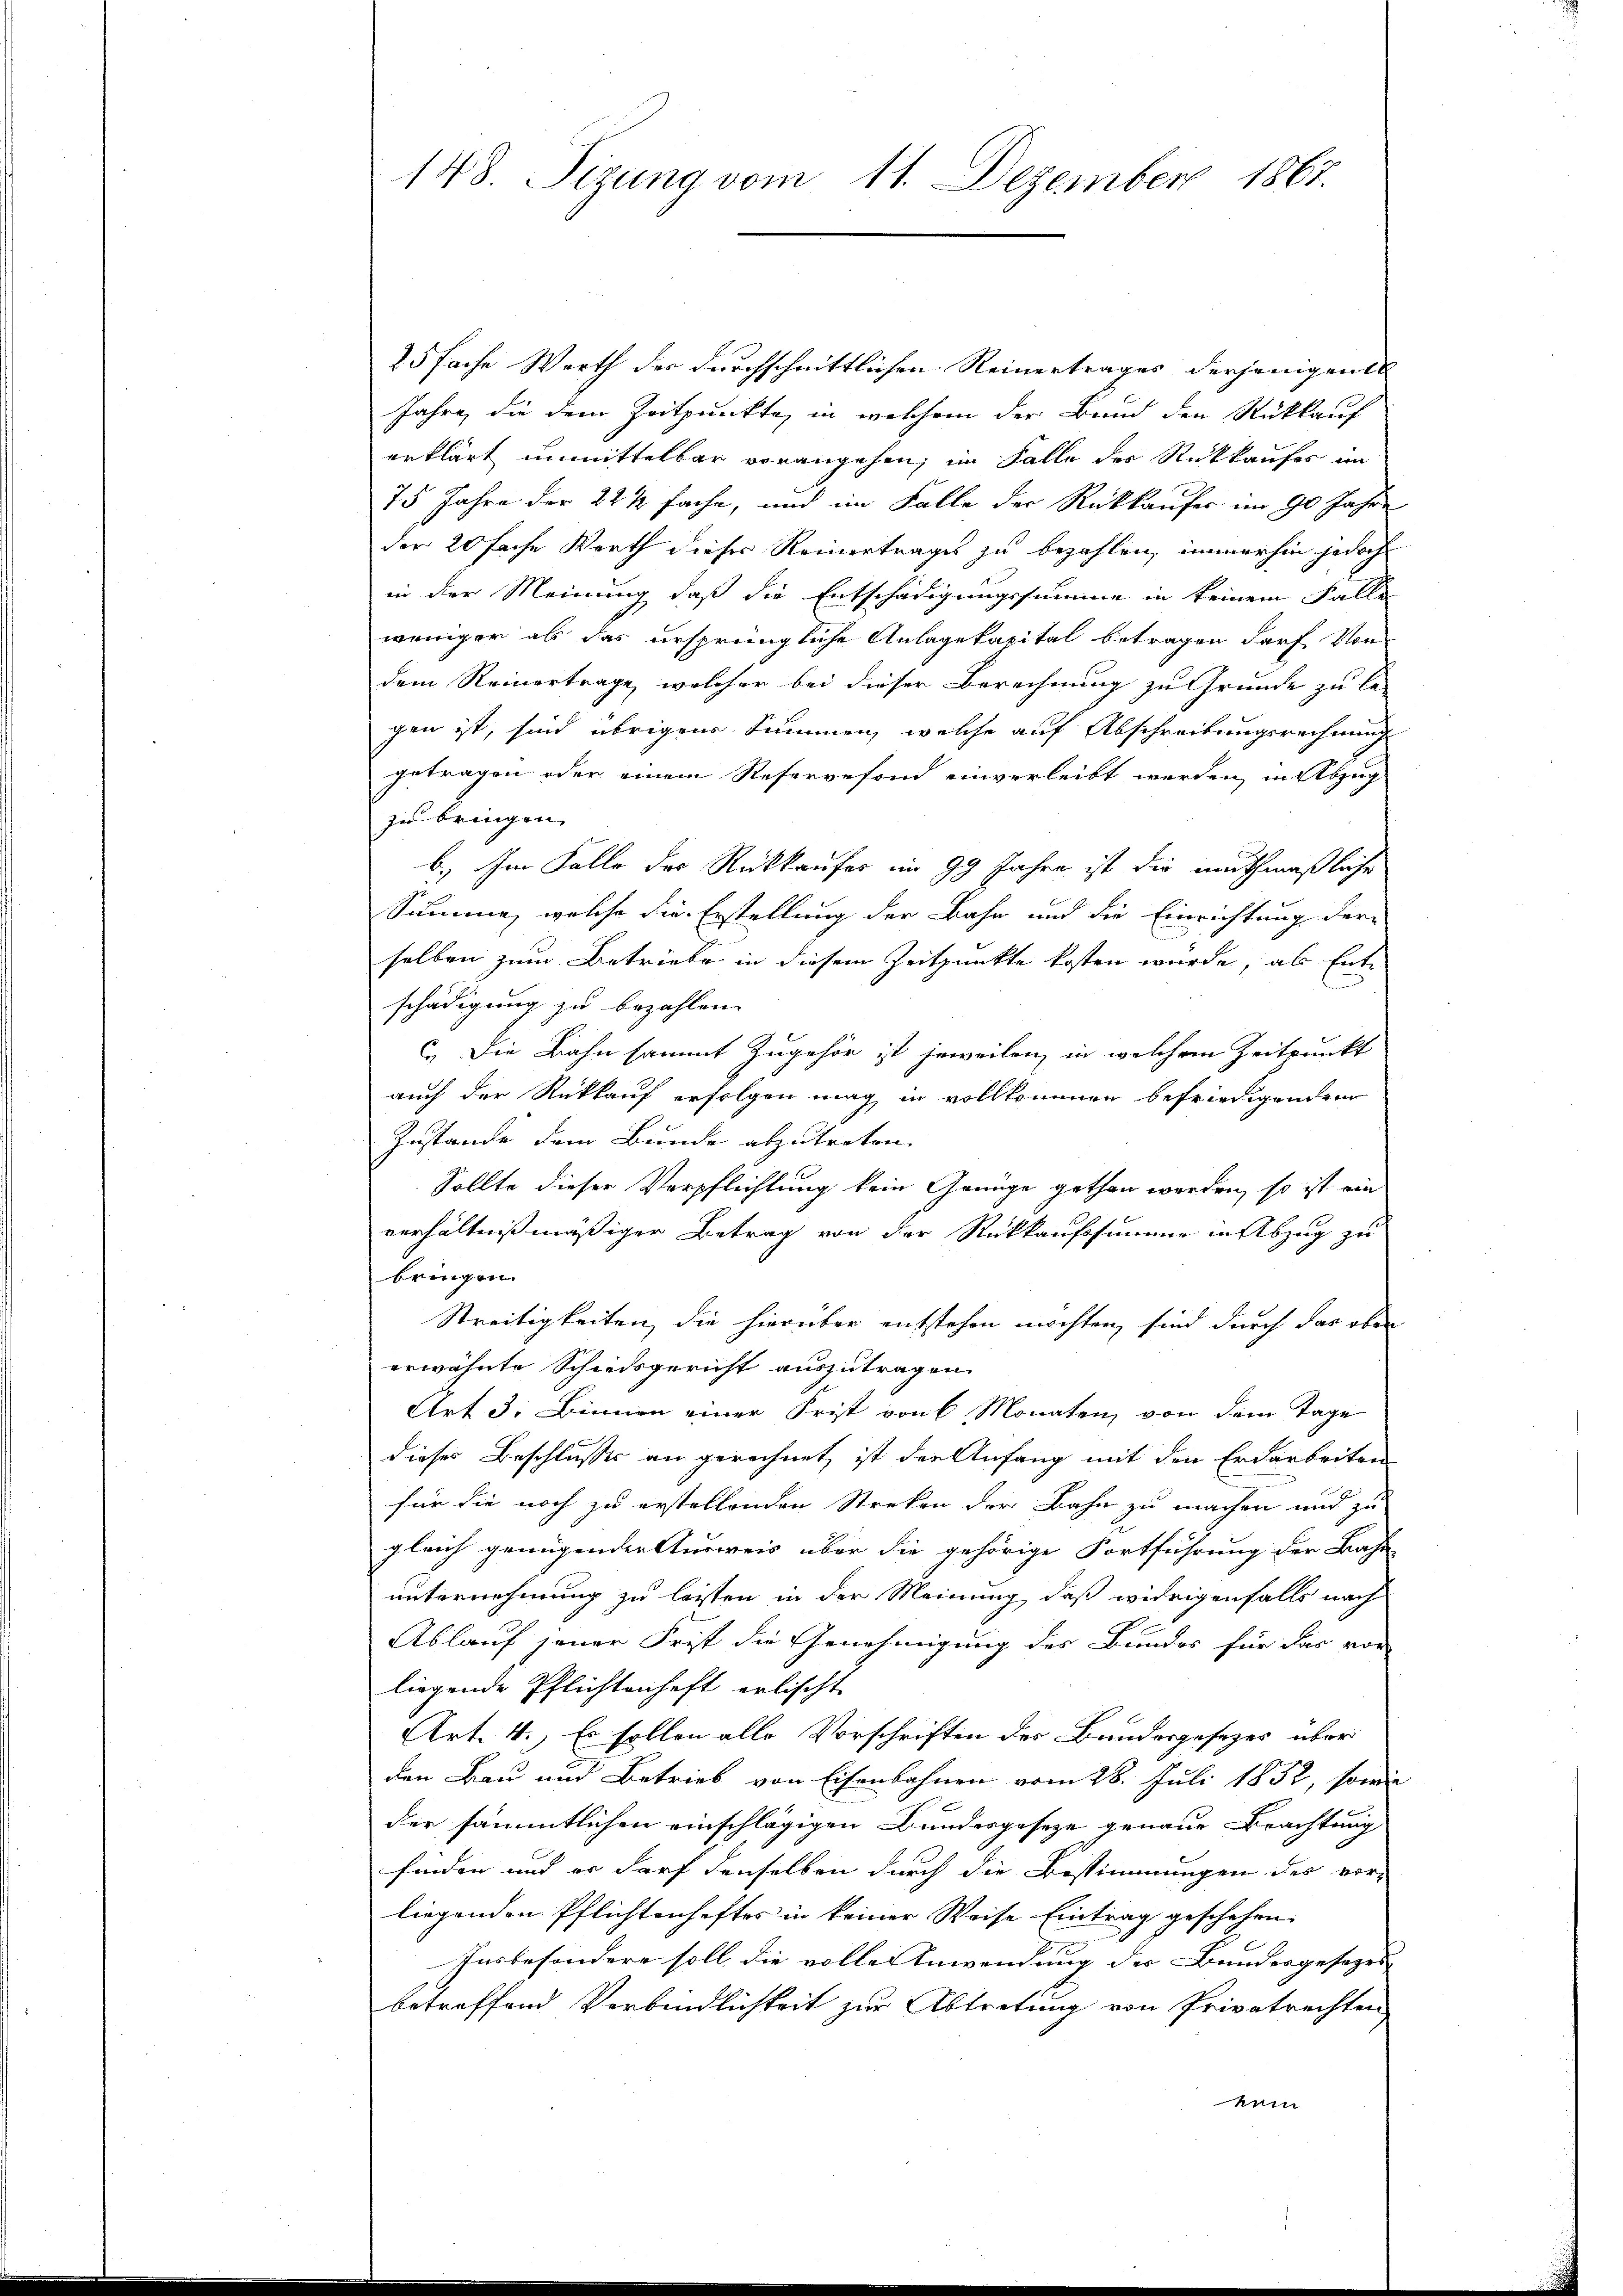
148. Sizung vom 11. Dezember 1867.

25fache Werth des durchschnittlichen Reinertrages derjenigen
Jahre, die dem Zeitpunkte, in welchem der Bund den Rückkauf
erklärt unmittelbar vorangehen, im Falle der Rückkaufes im
75 Jahre der 22 ½ fache, und im Falle der Rückkaufer im 90 Jahre
der 20 fache Werth dieser Reinertrages zu bezahlen, immerhin jedoch
in der Meinung daß die Entschädigungssumme in keinem Falle
weniger als das ursprüngliche Anlagekapital betragen darf von
dem Reinertrage, welcher bei dieser Berechnung zu Grunde zu le-
gen ist, sind übrigen Summen, welche auf Abschreibungsrechnung
getragen oder einem Reservefond einverleibt werden, in Abzug
zu bringen.
6. Im Falle der Rückkaufes im 99 Jahre ist die muthmaßliche
Summe, welche die Erstellung der Bahn und die Einrichtung der-
selben zum Betriebe in diesem Zeitpunkte kosten wurde, als Entschädigung zu bezahlen.
c. Die Bahn sammt Zugehör ist jeweilen, in welchem Zeitpunkt
auch der Rückkauf erfolgen mag in vollkommen befriedigenden
Zustande dem Bunde abzutreten.
Sollte dieser Verpflichtung kein Genüge gethan werden, so ist ein
verhältnißmäßiger Betrag von der Rückkaufssummer in Abzug zu
bringen.
Streitigkeiten, die hierüber entstehen möchten, sind durch das oben
erwähnte Schiedsgericht auszutragen.
Art 3. Binnen einer Frist von 6 Monaten, von dem Tage
dieses Beschlusses an gerechnet, ist der Anfang mit den Erdarbeiten
für die noch zu erstellenden Streken der Bahn zu machen und zu
gleich genügender Ausweis über die gehörige Fortführung der Bahn
unternehmung zu leisten in der Meinung, daß widrigenfalls nach
Ablauf jener Frist die Genehmigung des Bundes für das vor
liegende Pflichtenhaft erlischt
Art. 4.) Es sollen alle Vorschriften des Bundesgesezes über
den Bau und Betrieb von Eisenbahnen vom 28. Juli 1852, sowie
der sämmtlichen einschlägigen Bundesgeseze genaue Brachtung
finden und er darf denselben durch die Bestimmungen des vor-
liegenden Pflichtenhaftes in keiner Weise Eintrag geschehen.
Insbesondere soll, die volle Anwendung der Bundesgesetzes
betreffend Verbindlichkeit zur Abtretung von Privatrechten
kam